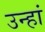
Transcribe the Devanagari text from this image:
उन्हां